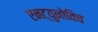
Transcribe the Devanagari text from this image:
एनट्युनोविच